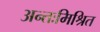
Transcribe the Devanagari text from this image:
अन्तःमिश्रित